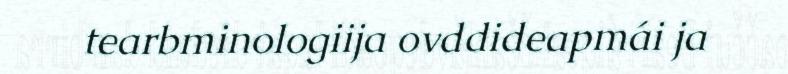
tearbminologiija ovddideapmái ja